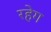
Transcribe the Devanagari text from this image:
रहेग